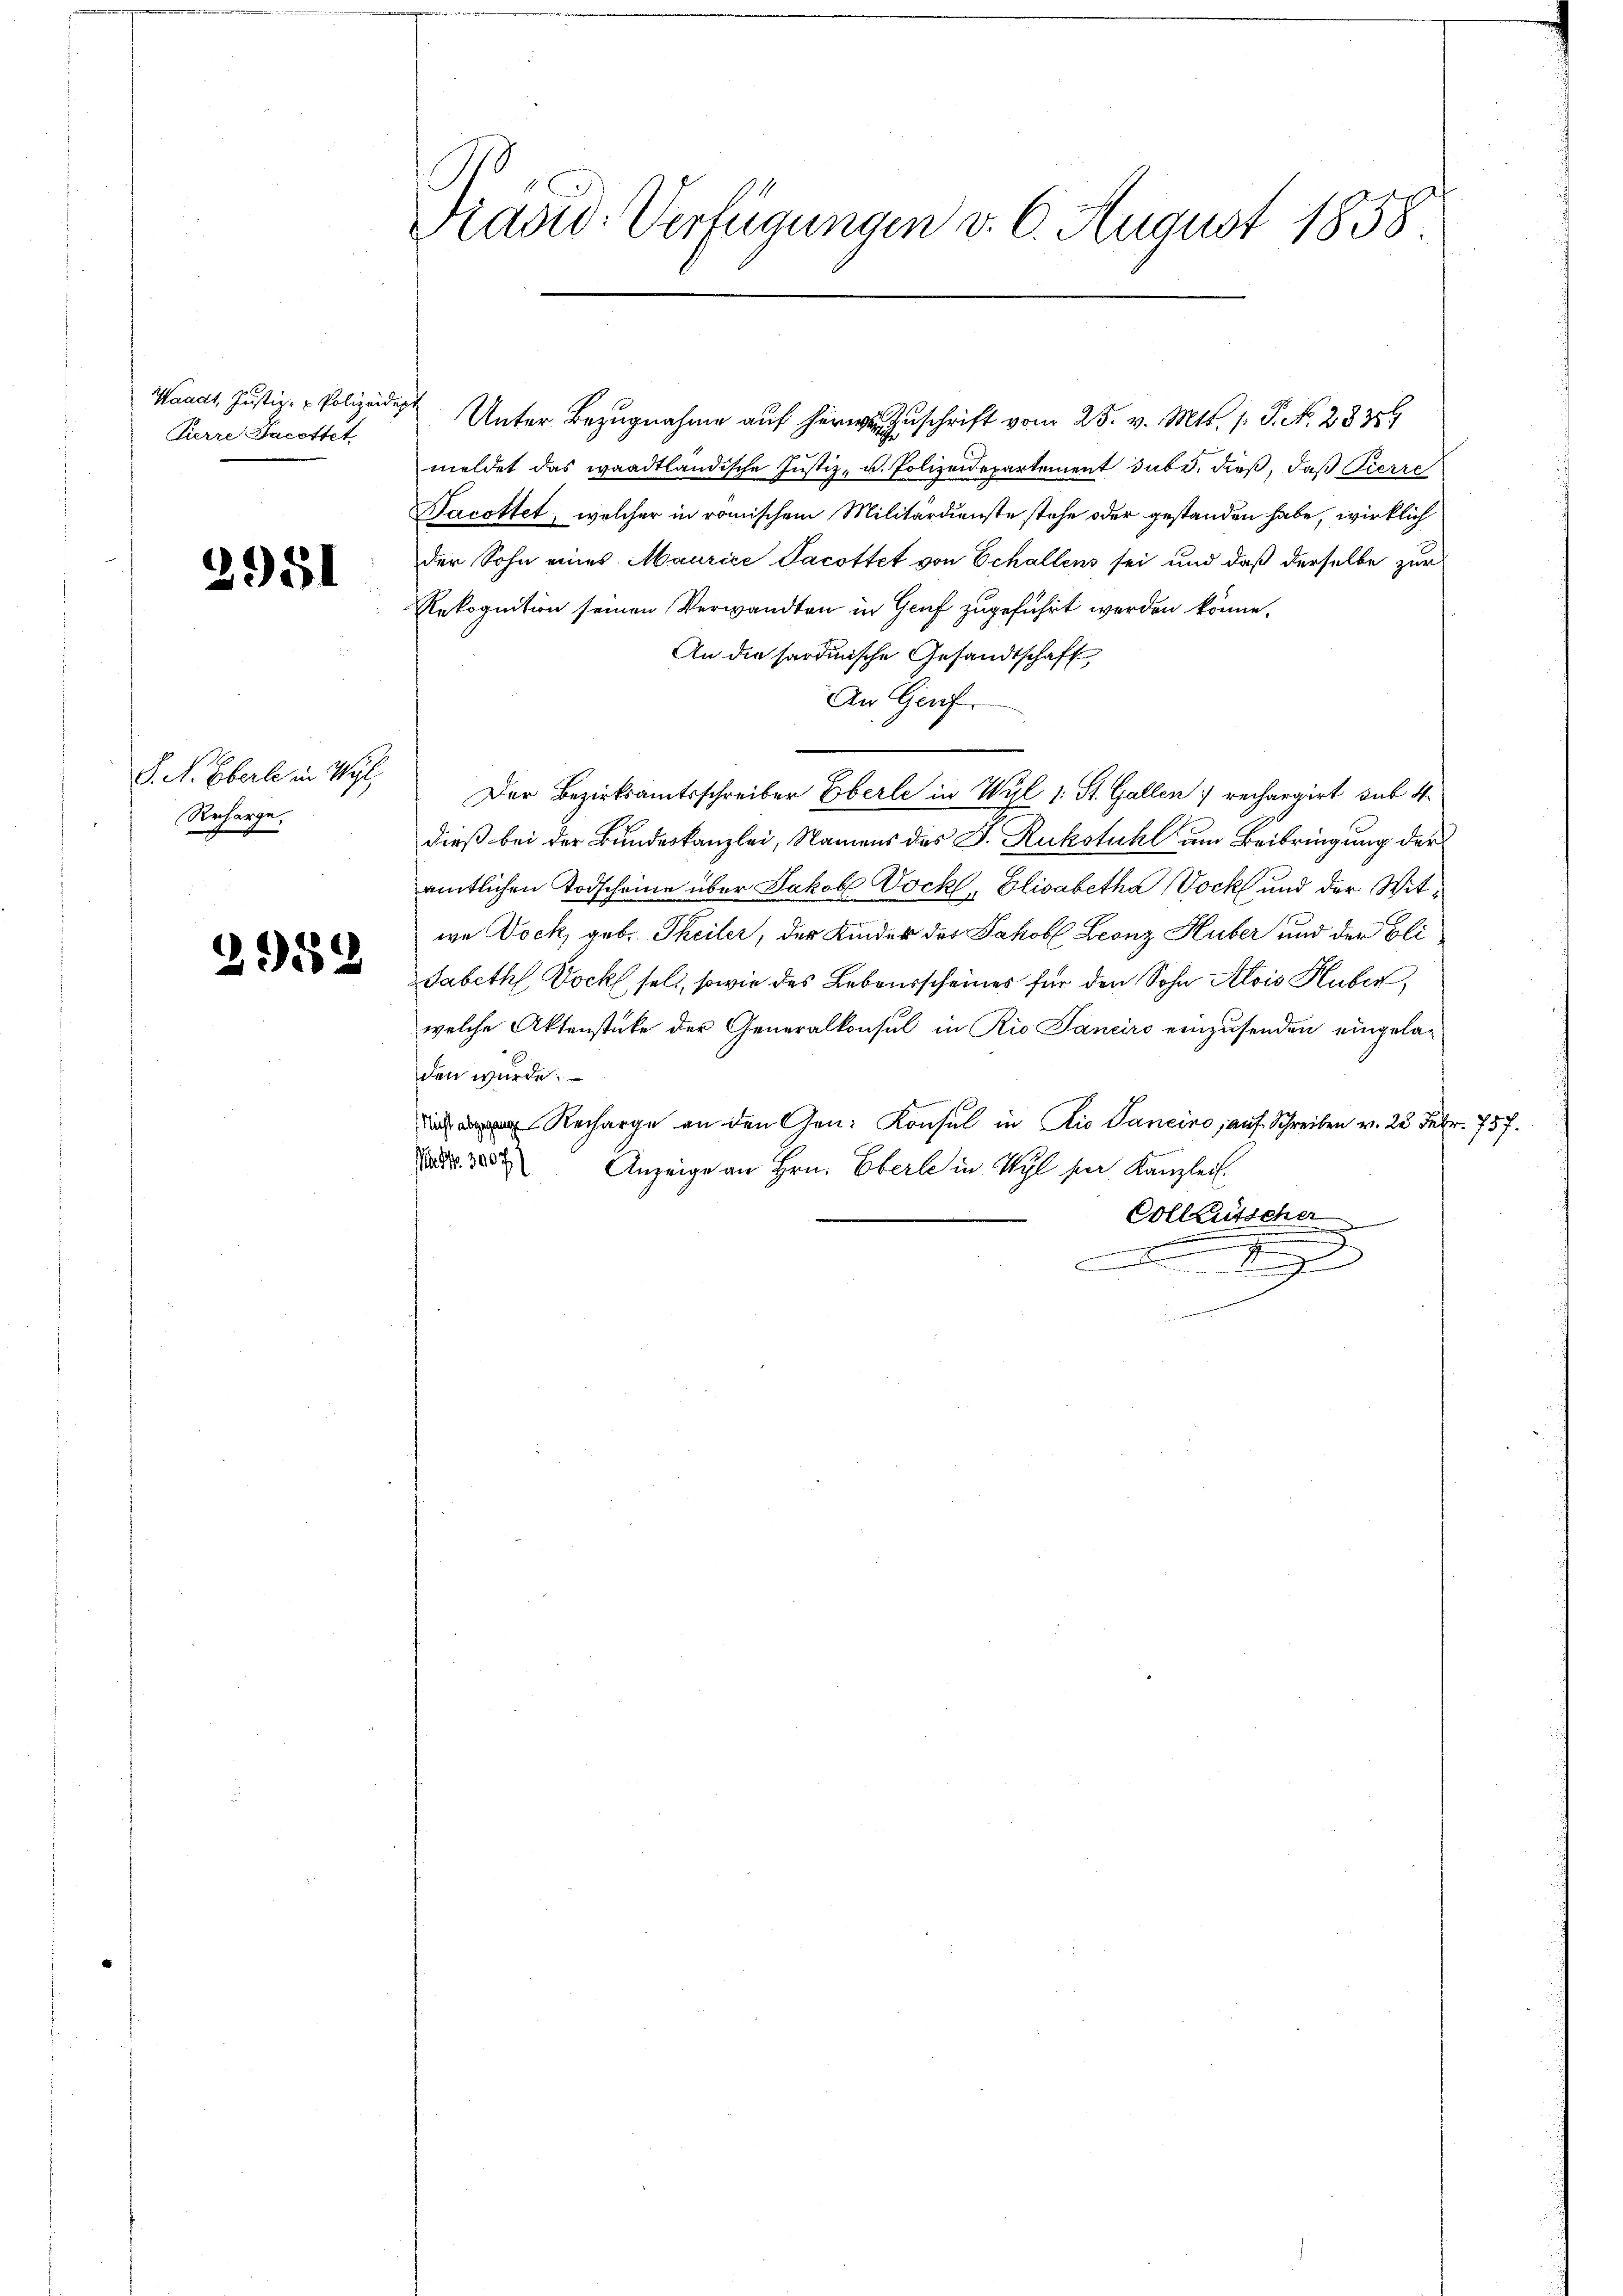
Waadt, Justiz- & Polizeid.
Pierre Sacettet

2951

S. N. Eberle in Wyl
Recharge.

2952

Diadd-Verfügungen v. 6. August 1858

Unter Bezugnahme auf herzuschrift vom 25. v. Mts. 1. P. N. 28359
meldet das waadtländische Justiz- u. Polizeidepartement subi, dieß, daß Pierre
Nacottet, welcher in römischem Militärdienste stehe oder gestanden habe, wirklich
der Sohn eines Maurice Jacottet von Echallens sei und daß derselbe zur
Rekognition seinen Verwandten in Genf zugeführt werden könne.
An die sardinische Gesandtschaft
An Genf
Der Bezirksamtsschreiber Eberle in Wyl 1: St. Gallen rechargirt sub 4.
dieß bei der Bundeskanzlei, Namens des J. Ruckstuhl um Beibringung der
amtlichen Todscheine über Jakob Dockl, Elisabetha Bock und der Witwe Dock, geb. Theiler, der Kinder der Jakob Leonz Huber und der Bli
Sabeth Dock selt, sowie des Lebensscheines für den Sohn Alois Huber,
welche Aktenstüke der Generalkonsul in Rio Janeiro einzusenden eingeladen wurde.
Recharge an den Gen. Konsul in Dis Panciro, auf Schreiben v. 23. Febr. 757.
 280 Anzeige an Hrn. Eberle in Wyl ser Kanzleis
Colleütscher
n
mnen der eingen
 d